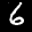
Label: 6